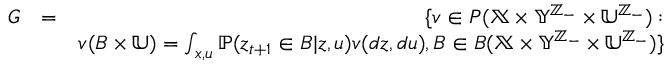
\begin{array} { r l r } { { \cal G } } & { = } & { \{ v \in { \cal P } ( \mathbb { X } \times \mathbb { Y } ^ { \mathbb { Z } _ { - } } \times \mathbb { U } ^ { \mathbb { Z } _ { - } } ) : } \\ & { } & { v ( B \times \mathbb { U } ) = \int _ { x , u } \mathbb { P } ( z _ { t + 1 } \in B | z , u ) v ( d z , d u ) , B \in { \cal B } ( \mathbb { X } \times \mathbb { Y } ^ { \mathbb { Z } _ { - } } \times \mathbb { U } ^ { \mathbb { Z } _ { - } } ) \} } \end{array}